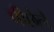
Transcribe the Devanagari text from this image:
पीछेले